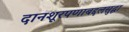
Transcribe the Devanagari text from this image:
दानशूरपणाबद्दलसुद्धा